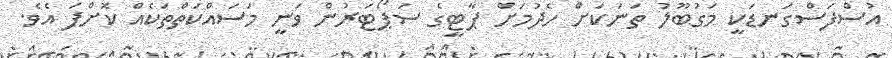
އުސްފަސްގަނޑަކީ މަގުބޫލު ތަނަކަށް ހެދުމަށް ޕާޓީގެ ސަޕޯޓަރުން ވަނީ މަސައްކަތްތަކެއް ކޮށްފަ އެވެ.